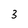
Character: 3